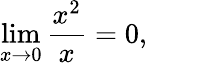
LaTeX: \operatorname*{lim}_{x\to 0}{\frac{x^{2}}{x}}=0,\qquad